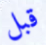
قبل